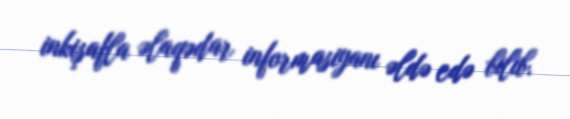
inkişafla əlaqədar informasiyanı əldə edə bilib.